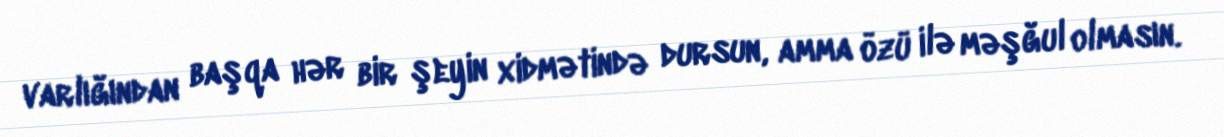
varlığından başqa hər bir şeyin xidmətində dursun, amma özü ilə məşğul olmasın.